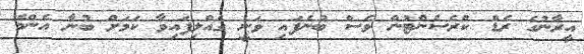
އީރާނުގެ ރެޑް ކްރެސެންޓުން ވެސް ބުނެފައި ވަނީ ގެއްލިފައިވާ ކަމަށް ބުނާ އެންމެ